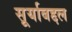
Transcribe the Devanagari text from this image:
सूर्याबद्दल